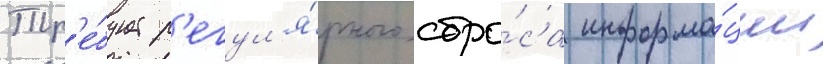
Тр'е́бует р'егул'я́рного сбро́са информа́ции